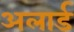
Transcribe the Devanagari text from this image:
अलार्ड